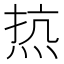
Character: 𰞠